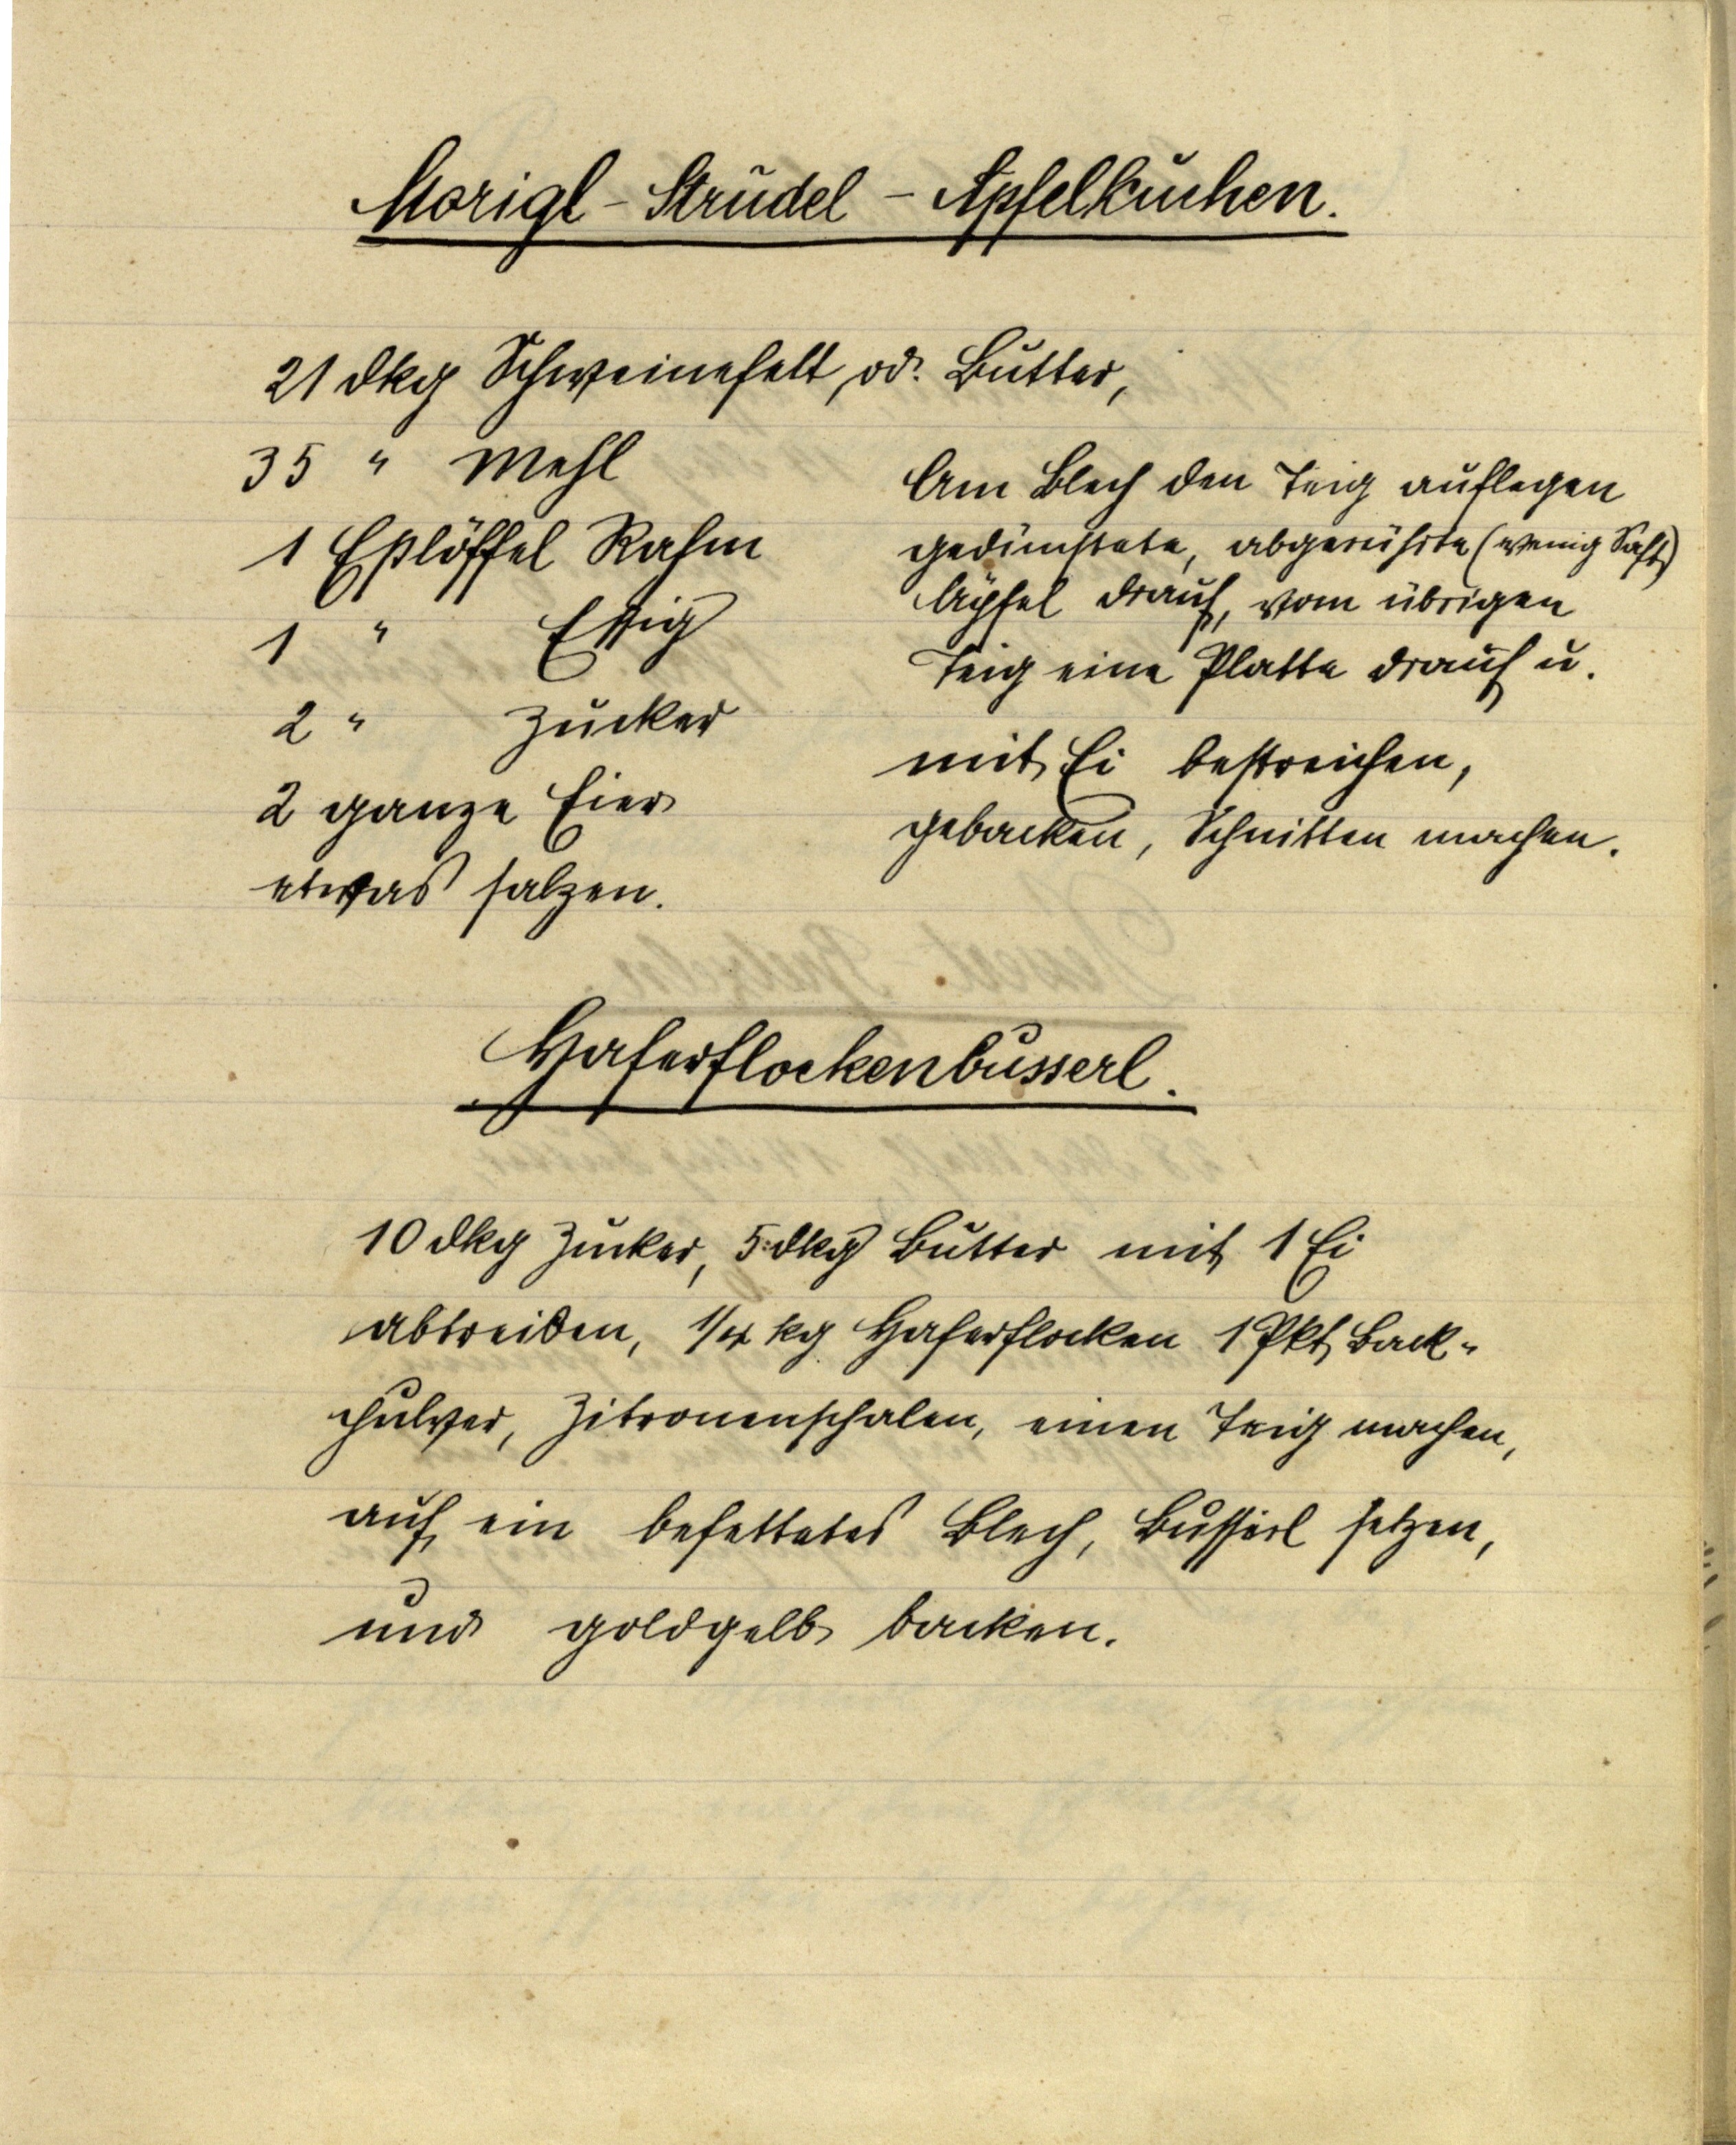
Morigl-Strudel-Apfelkuchen.

21 dkg Schweinefett od. Butter.
35 " Mehl
1 Eßlöffel Rahm
1 " Essig
2 " Zucker
2 ganze Eier
etwas salzen

Am Blech den Teig auflegen
gedünstete, abgerührte (wenig Saft)
Äpfel drauf, vom übrigen
Teig eine Platte drauf u.
mit Ei bestreichen,
gebacken, Schnitten machen.

Haferflockenbusserl.

10 dkg Zucker, 5 dkg Butter mit 1 Ei
abtreiben, ¼ kg Haferflocken 1 Pkt. Back¬
pulver, Zitroneschalen, einen Teig machen,
auf ein befettetes Blech, Busserl setzen,
und goldgelb backen.